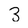
Character: 3